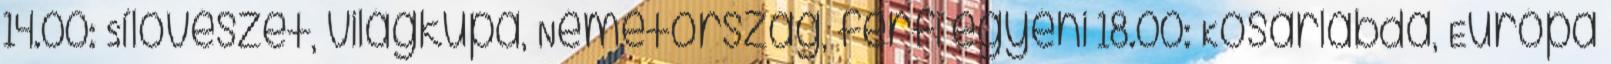
14.00: Sílövészet, világkupa, Németország, férfi egyéni 18.00: Kosárlabda, Európa